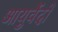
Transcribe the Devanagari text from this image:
आयुर्वेदों